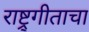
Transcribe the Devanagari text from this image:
राष्ट्र्गीताचा